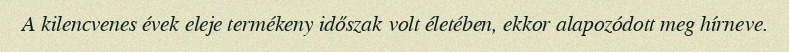
A kilencvenes évek eleje termékeny időszak volt életében, ekkor alapozódott meg hírneve.